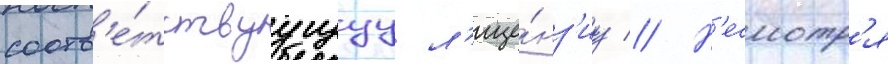
соотв'е́тствуущуу л'ице́нз'иу // Н'есмотр'я